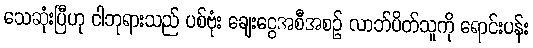
သေဆုံးပြီဟု ငါဘုရားသည် ပစ်ဗုံး ချေးငွေအစီအစဉ် လာဘ်ပိတ်သူကို ရောင်းပန်း